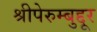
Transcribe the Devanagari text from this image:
श्रीपेरुम्बुद्दूर